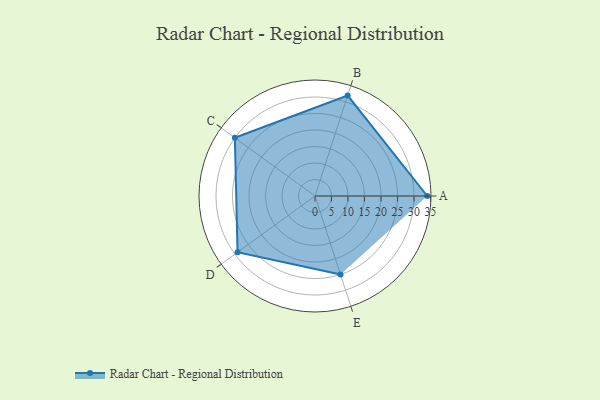
{"axis": {"x": "Skill", "y": "Score"}, "legend": ["Profile"], "data": [{"x": "A", "y": 34.0, "type": "Profile"}, {"x": "B", "y": 32.0, "type": "Profile"}, {"x": "C", "y": 30.0, "type": "Profile"}, {"x": "D", "y": 29.0, "type": "Profile"}, {"x": "E", "y": 25.0, "type": "Profile"}]}